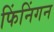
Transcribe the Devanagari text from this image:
फिंनिंगन